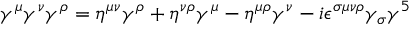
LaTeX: \gamma ^ { \mu } \gamma ^ { \nu } \gamma ^ { \rho } = \eta ^ { \mu \nu } \gamma ^ { \rho } + \eta ^ { \nu \rho } \gamma ^ { \mu } - \eta ^ { \mu \rho } \gamma ^ { \nu } - i \epsilon ^ { \sigma \mu \nu \rho } \gamma _ { \sigma } \gamma ^ { 5 }